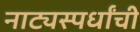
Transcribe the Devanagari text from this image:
नाट्यस्पर्धांची